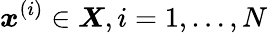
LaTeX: \boldsymbol{x}^{(i)}\in\boldsymbol{X},i=1,\dots,N